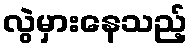
လွဲမှားနေသည့်